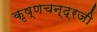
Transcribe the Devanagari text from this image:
कृष्‍णचन्‍द्रजी